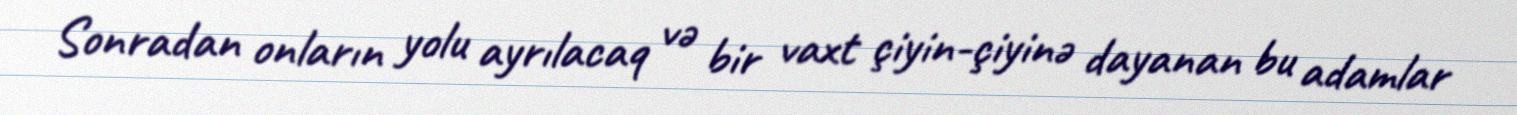
Sonradan onların yolu ayrılacaq və bir vaxt çiyin-çiyinə dayanan bu adamlar